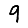
Digit: 9